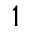
1